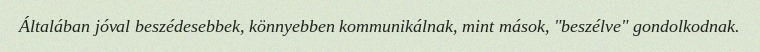
Általában jóval beszédesebbek, könnyebben kommunikálnak, mint mások, "beszélve" gondolkodnak.